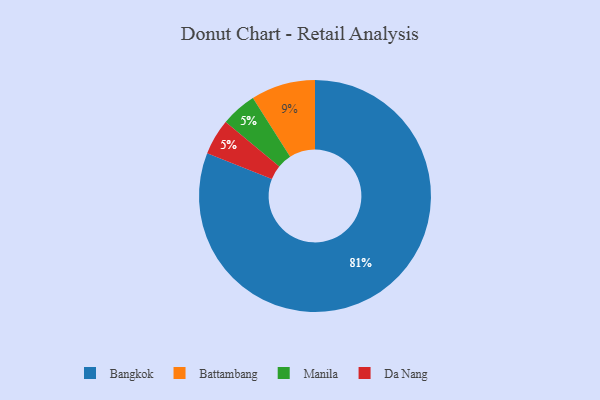
{"axis": {"x": "Category", "y": "Percentage"}, "legend": ["Bangkok", "Battambang", "Da Nang", "Manila"], "data": [{"x": "Manila", "y": 5, "type": "Manila"}, {"x": "Bangkok", "y": 81, "type": "Bangkok"}, {"x": "Battambang", "y": 9, "type": "Battambang"}, {"x": "Da Nang", "y": 5, "type": "Da Nang"}]}